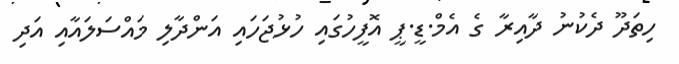
ހިތަދޫ ދެކުނު ދާއިރާ ގެ އެމް.ޑީ.ޕީ އޮފީހުގައި ހުޅުޖަހައި އަންދާލި މައްސަލައާއި އަދި